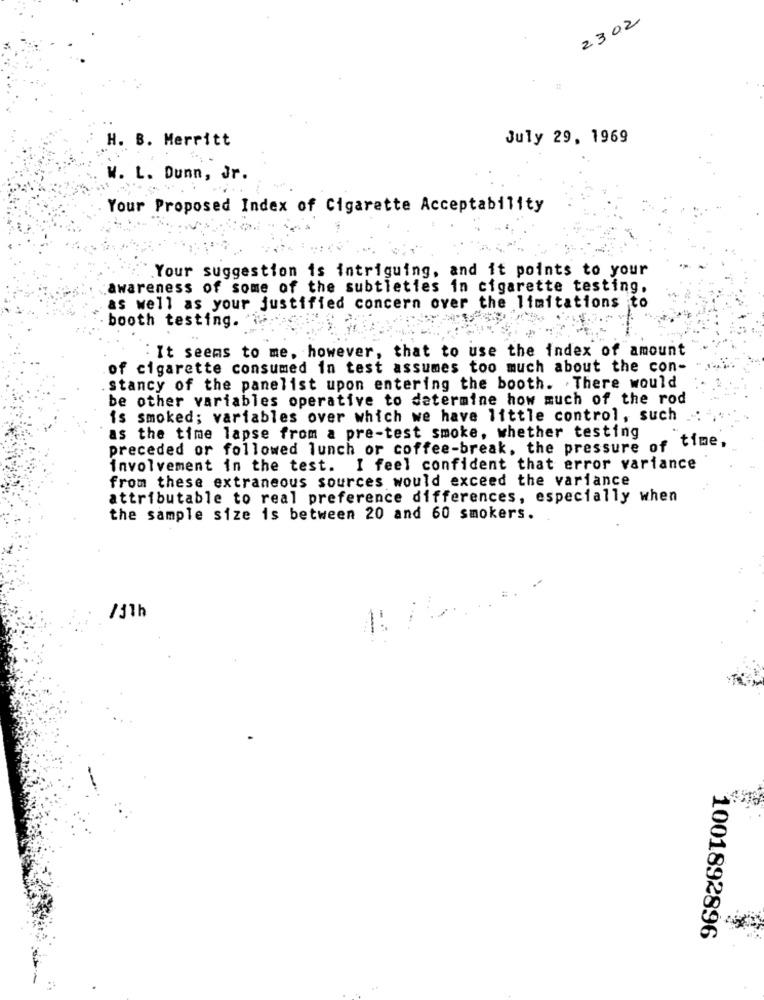
2302
H. B. Merritt
July 29, 1969
L. Dunn, Jr.
Your Proposed Index of Cigarette Acceptability
Your suggestion is intriguing, and it points to your
awareness of some of the subtleties in cigarette testing,
as well as your justified concern over the limitations to
booth testing.
: It seems to me, however, that to use the index of amount
of cigarette consumed in test assumes too much about the con-
.stancy of the panelist upon entering the booth. There would
be other variables operative to determine how much of the rod
is smoked; variables over which we have little control, such
as the time lapse from a pre-test smoke, whether testing
preceded or followed lunch or coffee-break, the pressure of
time,
involvement in the test. I feel confident that error variance
from these extraneous sources would exceed the variance
attributable to real preference differences, especially when
the sample size is between 20 and 60 smokers.
/11h
-
1001892896